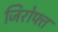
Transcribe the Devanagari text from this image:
जिरोफ्त